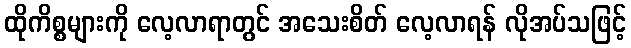
ထိုကိစ္စများကို လေ့လာရာတွင် အသေးစိတ် လေ့လာရန် လိုအပ်သဖြင့်